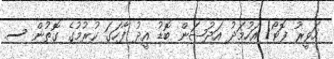
ހަވީރު ފޮޓޯ/ އަހުމަދު އަދުޝަން ބޮޑު އީދު ފާހަގަ ކުރުމުގެ ގޮތުން ސ.